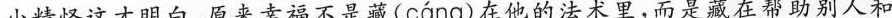
小精怪这才明白，原来幸福不是藏( cáng )在他的法术里，而是藏在帮助别人和